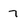
Character: 7